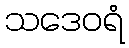
သဒေဝရံ